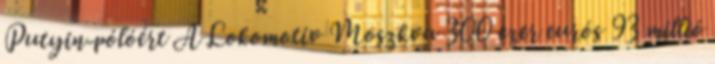
Putyin-pólóért A Lokomotiv Moszkva 300 ezer eurós 93 millió